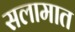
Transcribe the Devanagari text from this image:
सलामात